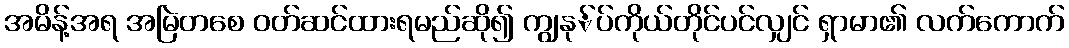
အမိန့်အရ အမြဲတစေ ဝတ်ဆင်ထားရမည်ဆို၍ ကျွနု်ပ်ကိုယ်တိုင်ပင်လျှင် ရှာမာ၏ လက်ကောက်